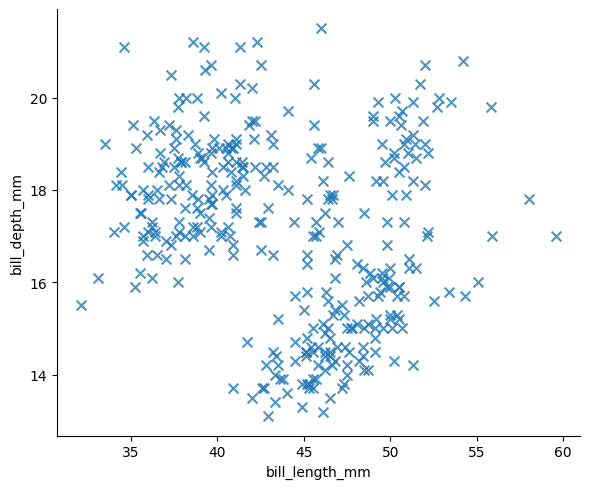
python, seaborn, lmplot, aspect=1.2, order=1, markers='x'